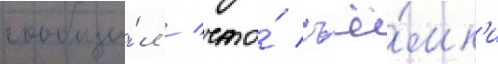
сообщи́л / что́ съё́мк'и